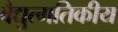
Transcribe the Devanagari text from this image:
वैद्युत्गतिकीय